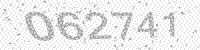
Solution: 062741